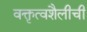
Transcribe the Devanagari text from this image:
वक्तृत्वशैलीची